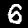
Label: 6